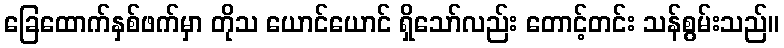
ခြေထောက်နှစ်ဖက်မှာ တိုသ ယောင်ယောင် ရှိသော်လည်း တောင့်တင်း သန်စွမ်းသည်။